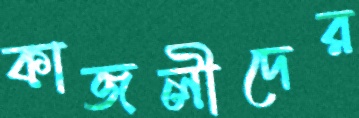
কাজলীদের